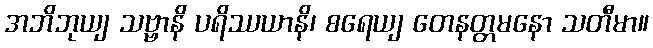
အဘိဘုယျ သဗ္ဗာနိ ပရိဿယာနိ၊ စရေယျ တေနတ္တမနော သတီမာ။